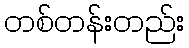
တစ်တန်းတည်း